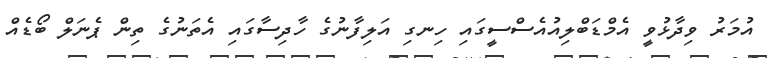
އުމަރު ވިދާޅުވީ އެމްޑަބްލިއުއެސްސީގައި ހިނގި އަލިފާނުގެ ހާދިސާގައި އެތަނުގެ ތިން ޕެނަލް ބޯޑެއް